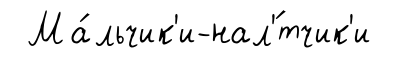
Ма́льчик'и-нал'́тчик'и